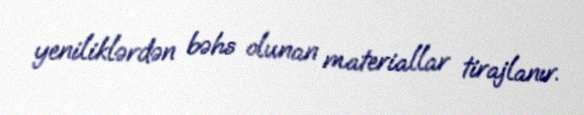
yeniliklərdən bəhs olunan materiallar tirajlanır.